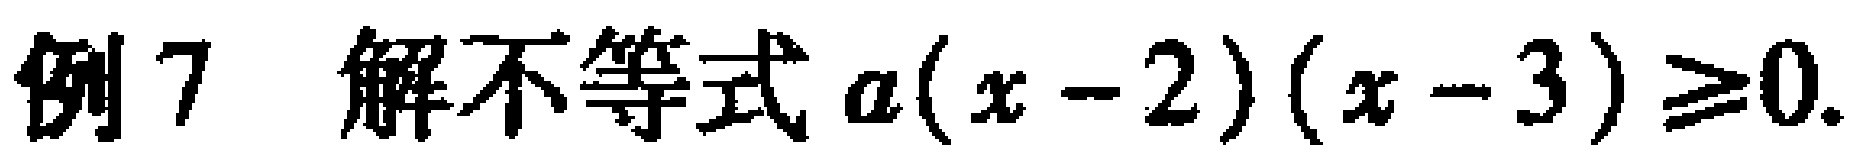
例7 解不等式\(a(x - 2)(x - 3) \geq 0\).